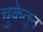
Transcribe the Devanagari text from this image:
चुकेतून